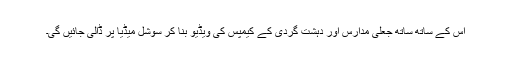
اس کے ساتھ ساتھ جعلی مدارس اور دہشت گردی کے کیمپس کی ویڈیو بنا کر سوشل میڈیا پر ڈالی جائیں گی۔